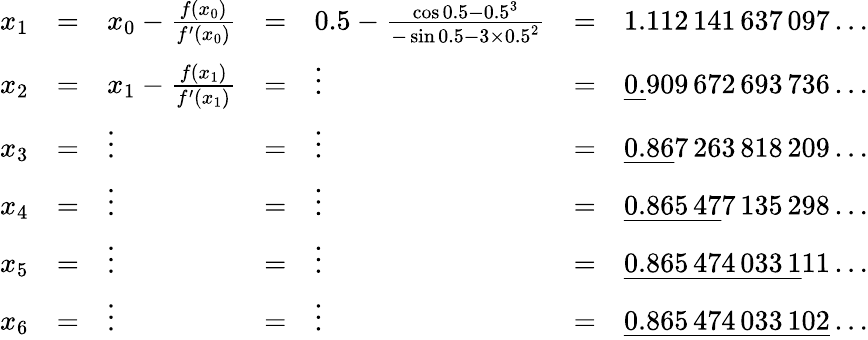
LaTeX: {\begin{array}{lllllll}{x_{1}}&{=}&{x_{0}-{\frac{f(x_{0})}{f^{\prime}(x_{0})}}}&{=}&{0.5-{\frac{\cos 0.5-0.5^{3}}{-\sin 0.5-3\times 0.5^{2}}}}&{=}&{1.112\, 141\, 637\, 097\dots}\\ {x_{2}}&{=}&{x_{1}-{\frac{f(x_{1})}{f^{\prime}(x_{1})}}}&{=}&{\vdots}&{=}&{{\underline{{0.}}}909\, 672\, 693\, 736\dots}\\ {x_{3}}&{=}&{\vdots}&{=}&{\vdots}&{=}&{{\underline{{0.86}}}7\, 263\, 818\, 209\dots}\\ {x_{4}}&{=}&{\vdots}&{=}&{\vdots}&{=}&{{\underline{{0.865\, 47}}}7\, 135\, 298\dots}\\ {x_{5}}&{=}&{\vdots}&{=}&{\vdots}&{=}&{{\underline{{0.865\, 474\, 033\, 1}}}11\dots}\\ {x_{6}}&{=}&{\vdots}&{=}&{\vdots}&{=}&{{\underline{{0.865\, 474\, 033\, 102}}}\dots}\end{array}}